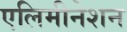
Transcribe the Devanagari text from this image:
एलिमीनेशन